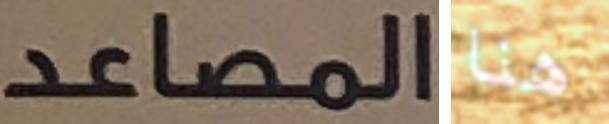
المصاعد هنا